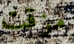
مزقت